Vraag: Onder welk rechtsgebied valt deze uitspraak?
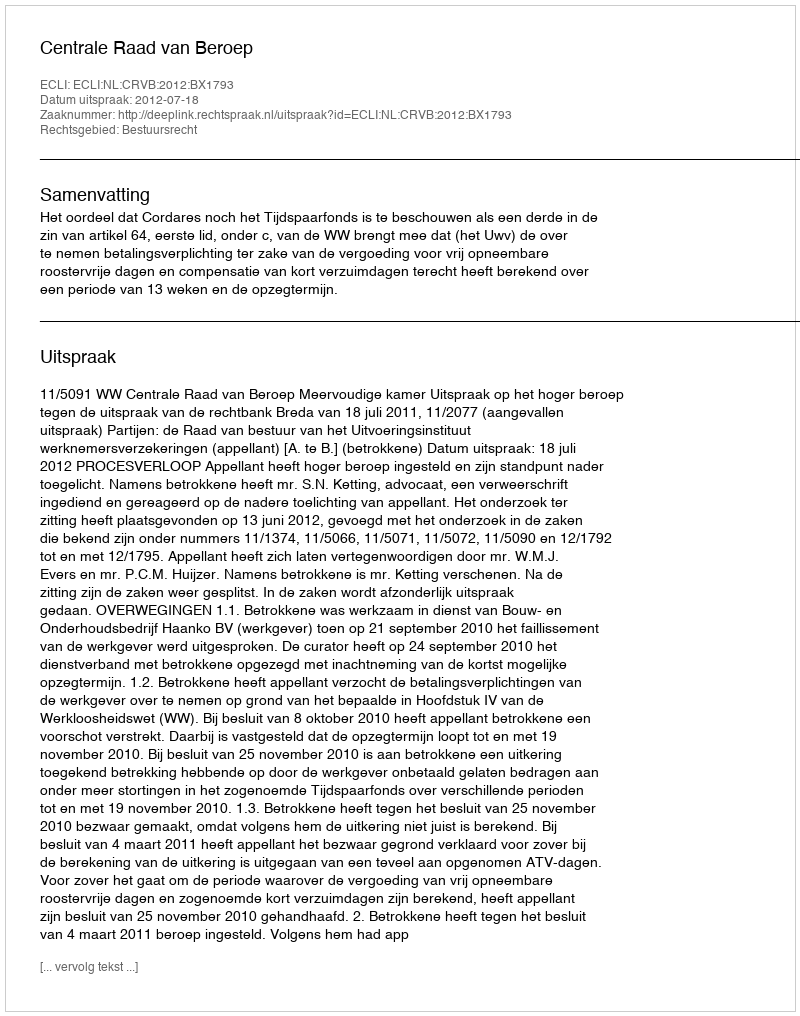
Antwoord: Bestuursrecht